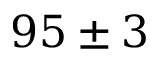
9 5 \pm 3